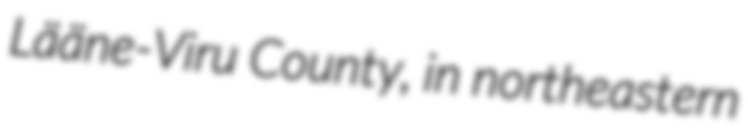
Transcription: Lääne-Viru County, in northeastern